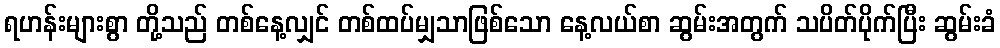
ရဟန်းများစွာ တို့သည် တစ်နေ့လျှင် တစ်ထပ်မျှသာဖြစ်သော နေ့လယ်စာ ဆွမ်းအတွက် သပိတ်ပိုက်ပြီး ဆွမ်းခံ